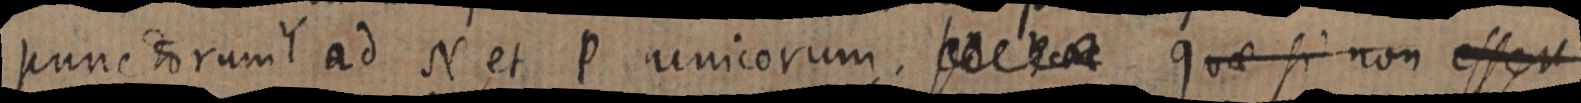
punctorum Y ad N et P unicorum. _ quae si non esse